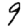
Digit: 9